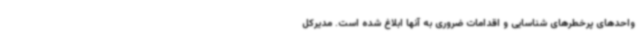
واحدهای پرخطرهای شناسایی و اقدامات ضروری به آنها ابلاغ شده است. مدیرکل